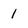
Character: 1